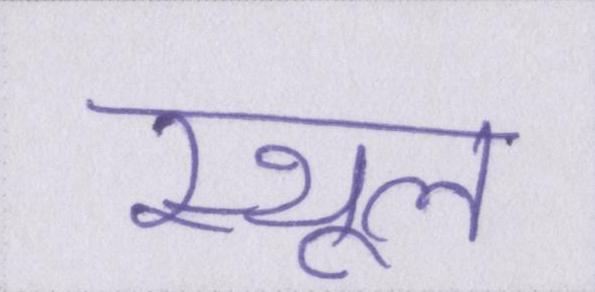
स्थूल